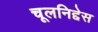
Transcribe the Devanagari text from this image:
चूलनिद्देस